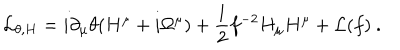
{ \cal L } _ { \theta , H } = i \partial _ { \mu } \theta ( H ^ { \mu } + i \Omega ^ { \mu } ) + { \frac { 1 } { 2 } } f ^ { - 2 } H _ { \mu } H ^ { \mu } + { \cal L } ( f ) \ .